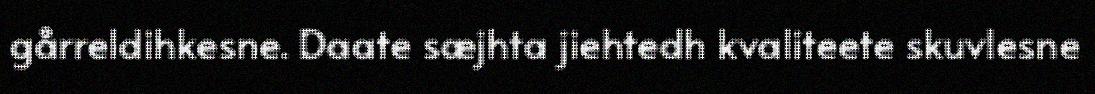
gårreldihkesne. Daate sæjhta jiehtedh kvaliteete skuvlesne